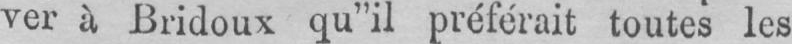
ver à Bridoux qu“il préférait toutes les